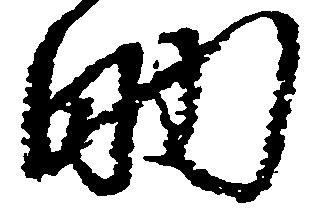
助